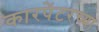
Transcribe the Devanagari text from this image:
कारपेंटरच्या